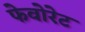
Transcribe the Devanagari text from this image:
फेवोरेट